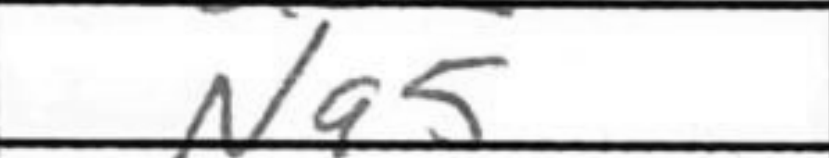
Transcription: Na5